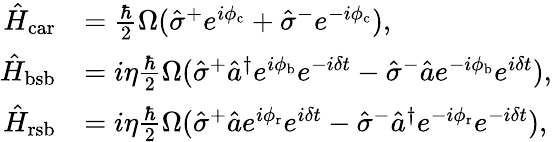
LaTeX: \begin{array}{rl}{\hat{H}_{\mathrm{car}}}&{=\frac{\hbar}{2}\Omega(\hat{\sigma}^{+}e^{i\phi_{\mathrm{c}}}+\hat{\sigma}^{-}e^{-i\phi_{\mathrm{c}}}),}\\ {\hat{H}_{\mathrm{bsb}}}&{=i\eta\frac{\hbar}{2}\Omega(\hat{\sigma}^{+}\hat{a}^{\dagger}e^{i\phi_{\mathrm{b}}}e^{-i\delta t}-\hat{\sigma}^{-}\hat{a}e^{-i\phi_{\mathrm{b}}}e^{i\delta t}),}\\ {\hat{H}_{\mathrm{rsb}}}&{=i\eta\frac{\hbar}{2}\Omega(\hat{\sigma}^{+}\hat{a}e^{i\phi_{\mathrm{r}}}e^{i\delta t}-\hat{\sigma}^{-}\hat{a}^{\dagger}e^{-i\phi_{\mathrm{r}}}e^{-i\delta t}),}\end{array}